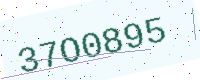
Text: 37O0895